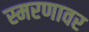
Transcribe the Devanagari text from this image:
स्मरणावर